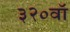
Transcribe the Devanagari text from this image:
३२०वॉ